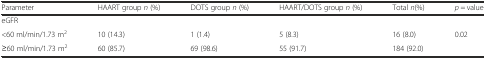
| Parameter | HAART group n (%) | DOTS group n (%) | HAART/DOTS group n (%) | Total n(%) | p = value |
 | --- | --- | --- | --- | --- | --- |
 | eGFR |  |  |  |  |  |
 | <60 ml/min/1.73 m2 | 10 (14.3) | 1 (1.4) | 5 (8.3) | 16 (8.0) | 0.02 |
 | ≥60 ml/min/1.73 m2 | 60 (85.7) | 69 (98.6) | 55 (91.7) | 184 (92.0) |  |